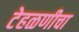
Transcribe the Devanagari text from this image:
टेहळणीचा